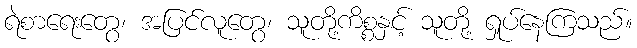
ရဲစာရေးတွေ၊ အပြင်လူတွေ၊ သူတို့ကိစ္စနှင့် သူတို့ ရှုပ်နေကြသည်။